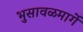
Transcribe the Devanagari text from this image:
भुसावळमार्गे